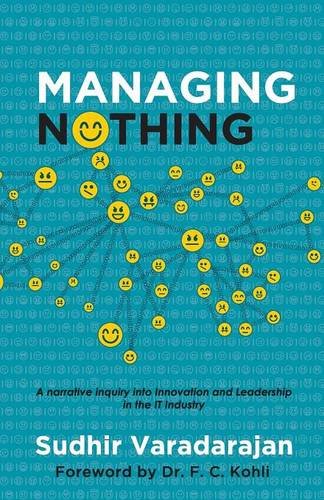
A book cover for Managing Nothing; Sudhir Varadarajan; Business & Money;